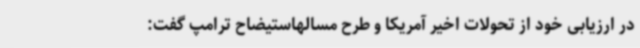
در ارزیابی خود از تحولات اخیر آمریکا و طرح مسالهاستیضاح ترامپ گفت: